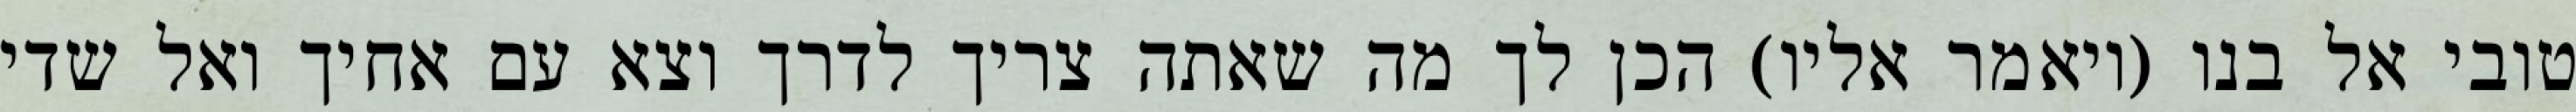
טובי אל בנו (ויאמר אליו) הכן לך מה שאתה צריך לדרך וצא עם אחיך ואל שדי